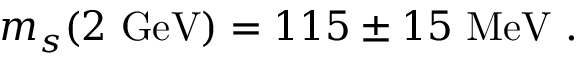
m _ { s } ( 2 \ \mathrm { G e V } ) = 1 1 5 \pm 1 5 \ \mathrm { M e V } \ .